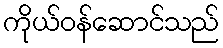
ကိုယ်ဝန်ဆောင်သည်